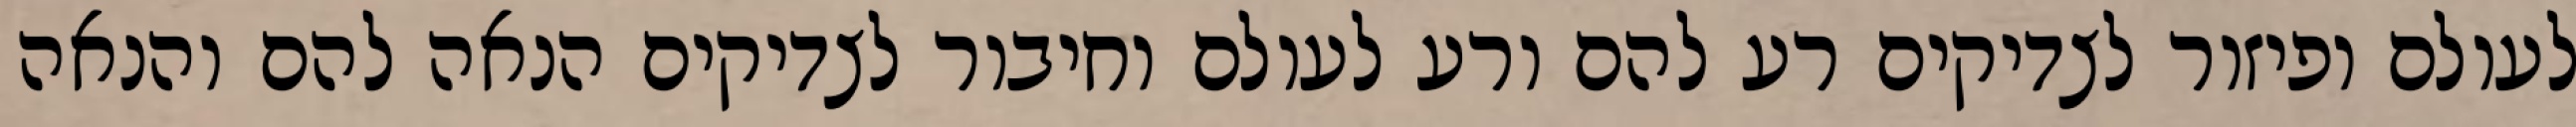
לעולם ופיזור לצדיקים רע להם ורע לעולם וחיבור לצדיקים הנאה להם והנאה